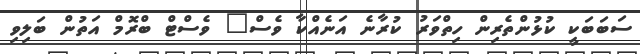
ސަބަބަކީ ކުޅުންތެރިން ހިތްވަރު ކުރާނެ އަނެއްކާ ވެސް" ވެސްޓް ބްރޮމް އަތުން ބަލިވި